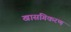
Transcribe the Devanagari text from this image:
खासगिकरण